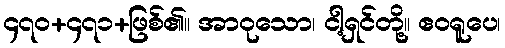
၄၇၀+၄၇၁+ဖြစ်၏။ အာဝုသော၊ ငါ့ရှင်တို့။ ဧဝရူပေ၊